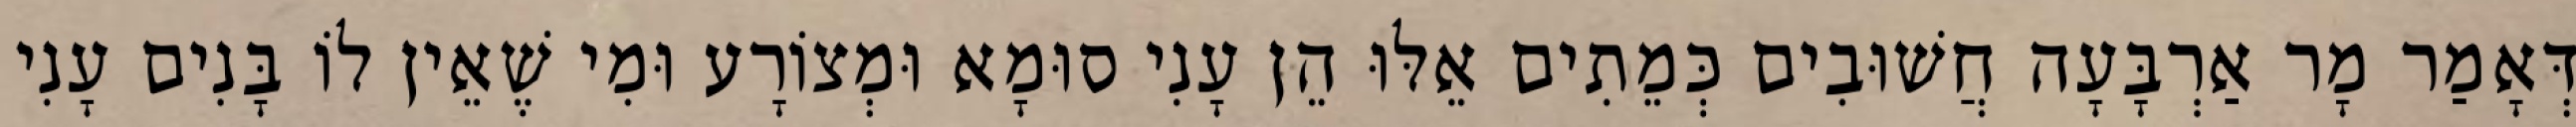
דְּאָמַר מָר אַרְבָּעָה חֲשׁוּבִים כְּמֵתִים אֵלּוּ הֵן עָנִי סוּמָא וּמְצוֹרָע וּמִי שֶׁאֵין לוֹ בָּנִים עָנִי